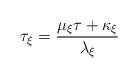
LaTeX: \begin{align*}\tau _{\xi }=\frac{\mu _{\xi }\tau +\kappa _{\xi }}{\lambda _{\xi }}\end{align*}